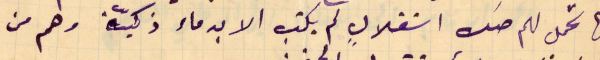
انها تحمل لهم صك استقلالٍ لم يكتب الا بدماء ذكيّة وهم من